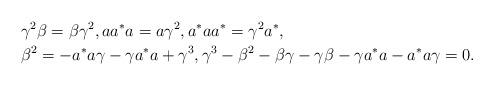
LaTeX: \begin{align*}& \gamma^2 \beta = \beta \gamma^2, aa^*a=a \gamma^2, a^* a a^* = \gamma^2 a^*, \\&\beta^2= -a^* a \gamma - \gamma a^*a+ \gamma^3, \gamma^3-\beta^2-\beta \gamma - \gamma \beta - \gamma a^* a- a^*a \gamma=0.\end{align*}